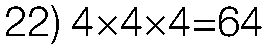
22) 4×4×4=64